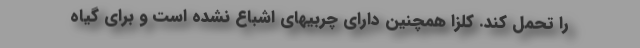
را تحمل کند. کلزا همچنین دارای چربیهای اشباع نشده است و برای گیاه